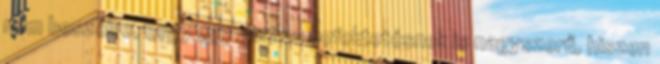
nem beszélve, hogy egy garázs befektetésnek is nagyszerű, hiszen